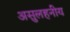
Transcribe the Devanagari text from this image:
असुलहनीय